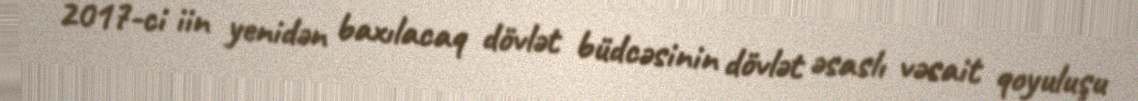
2017-ci iin yenidən baxılacaq dövlət büdcəsinin dövlət əsaslı vəsait qoyuluşu